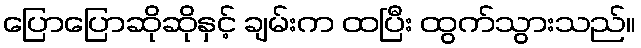
ပြောပြောဆိုဆိုနှင့် ချမ်းက ထပြီး ထွက်သွားသည်။